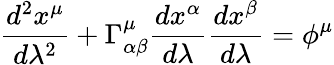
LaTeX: \frac{d^{2}x^{\mu}}{d\lambda^{2}}+\Gamma_{\alpha\beta}^{\mu}\frac{dx^{\alpha}}{d\lambda}\frac{dx^{\beta}}{d\lambda}=\phi^{\mu}